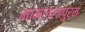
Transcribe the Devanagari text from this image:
मामल्‍लापुरम